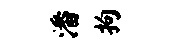
潘拘